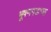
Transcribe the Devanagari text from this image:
भूषणगडाच्या